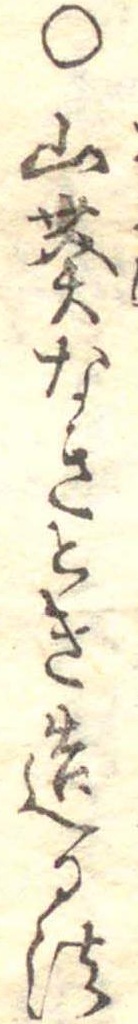
○山葵なきとき造る法